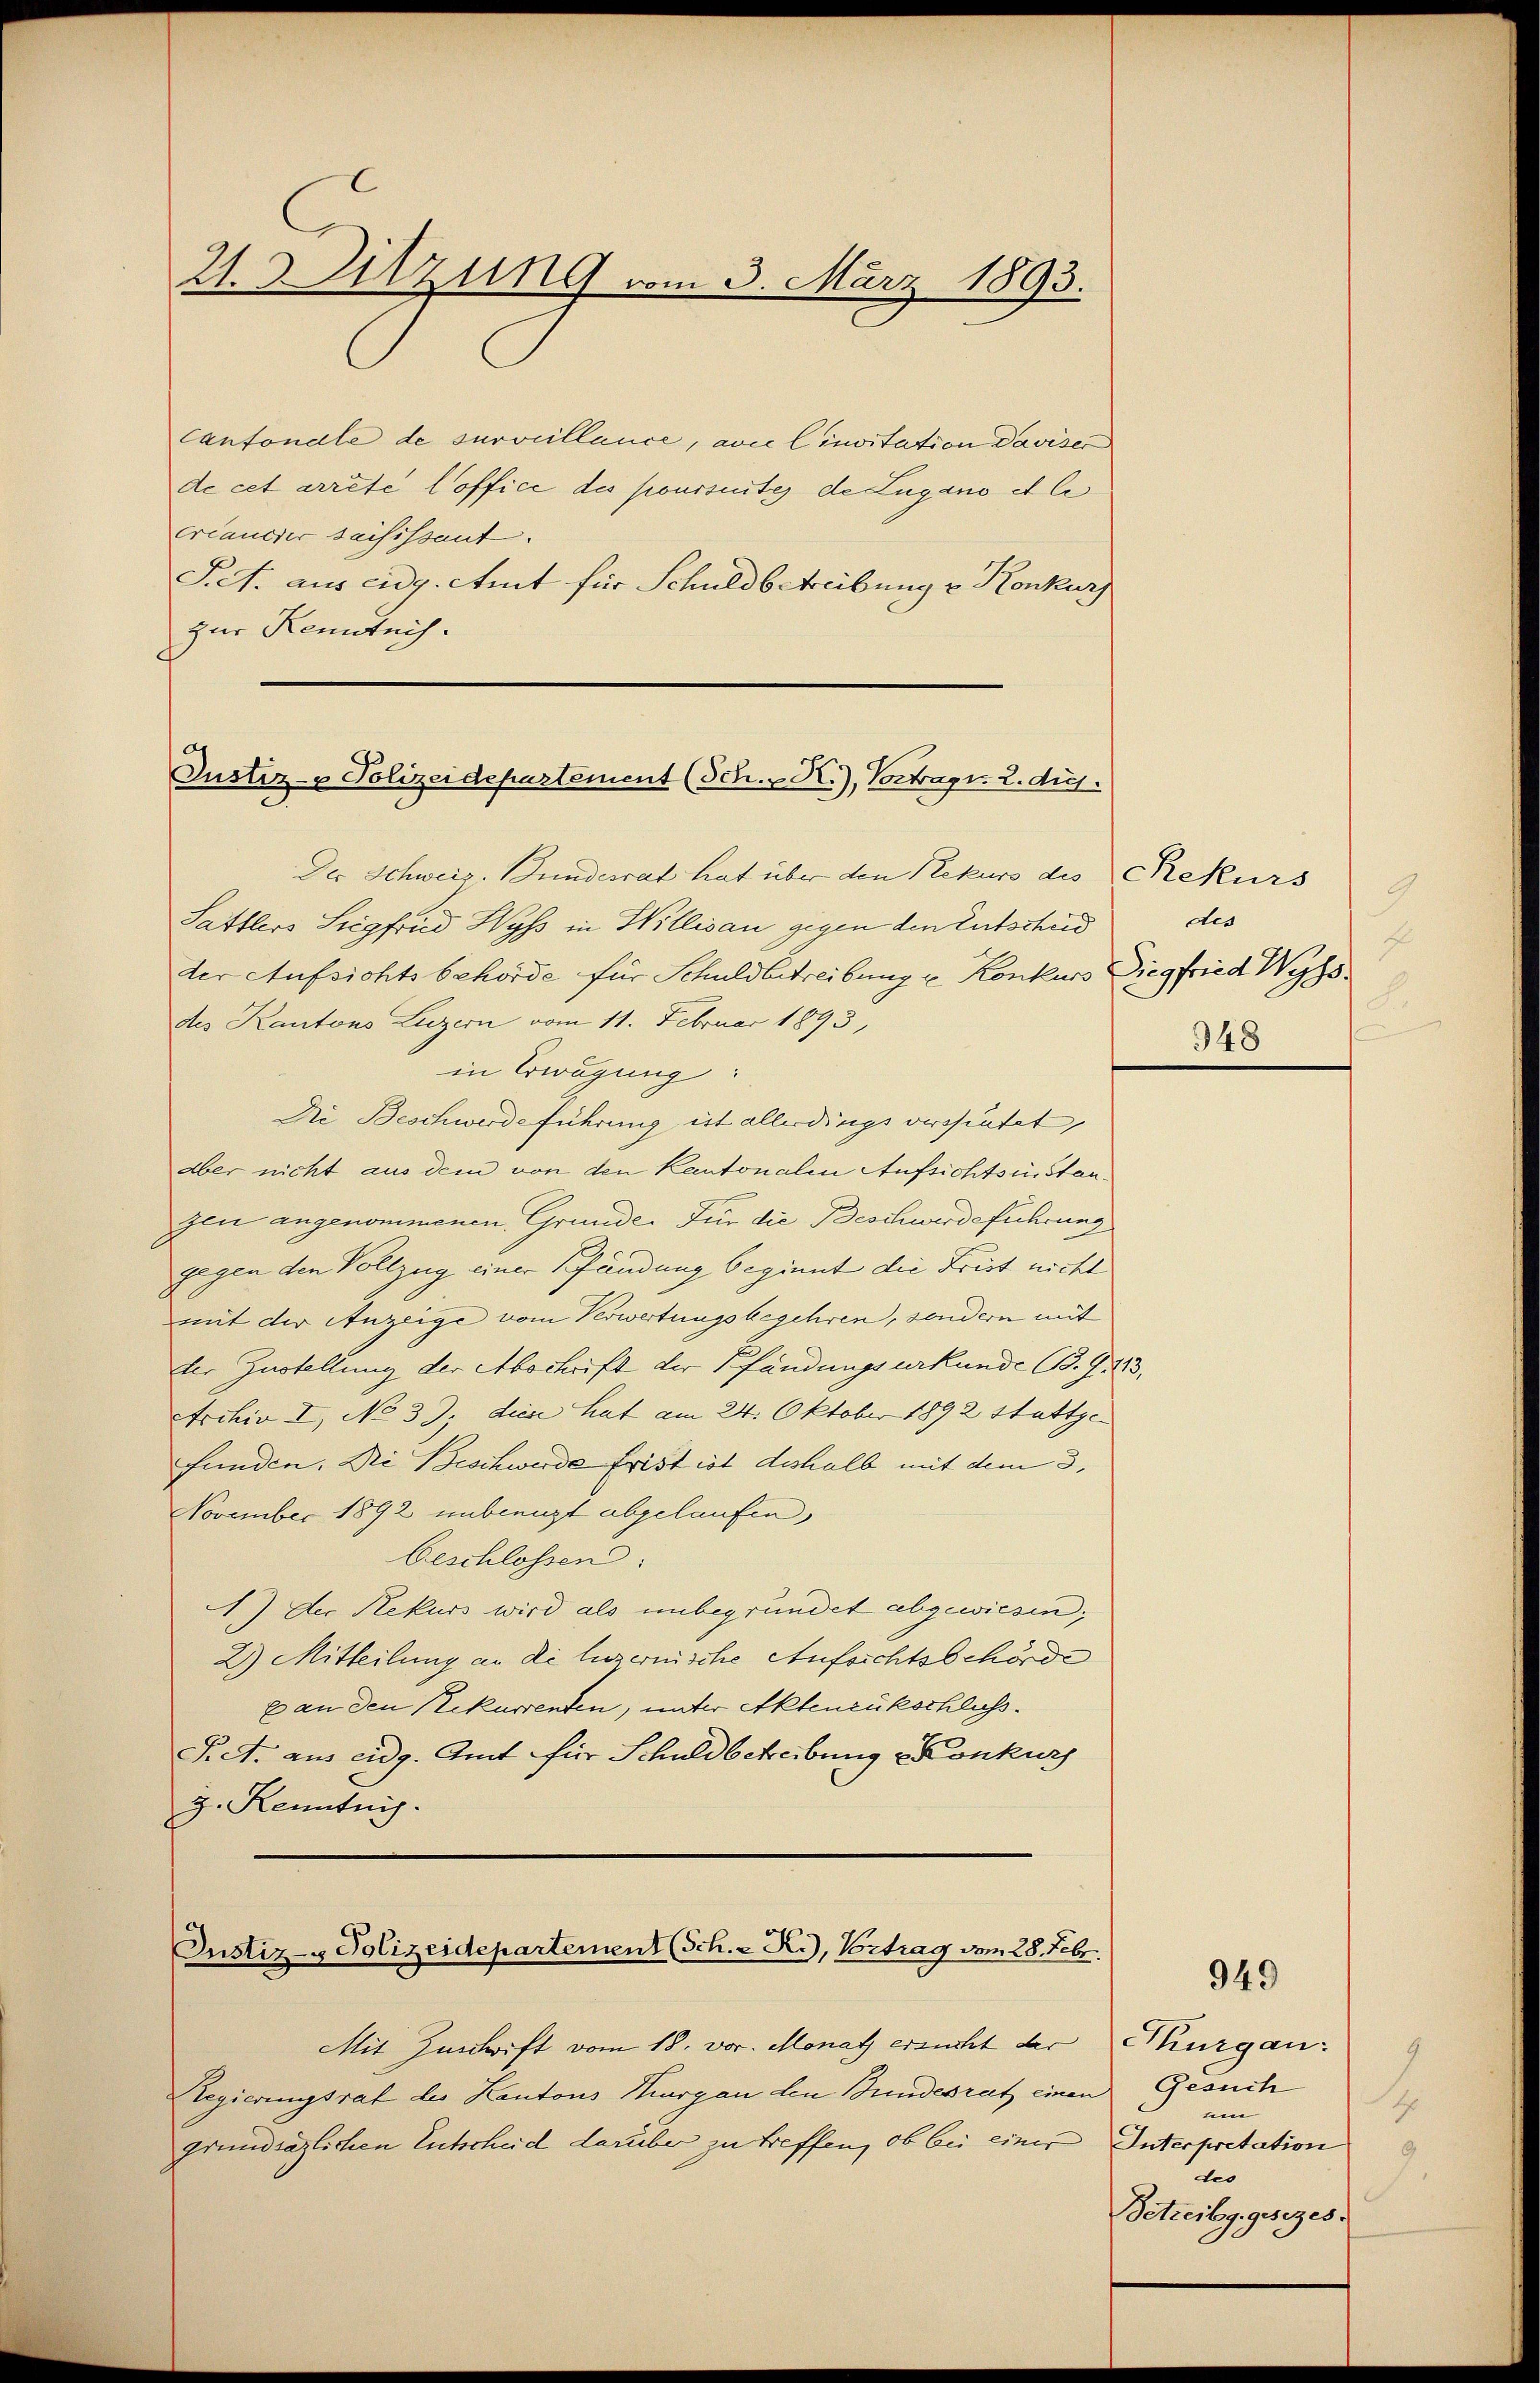
21. 3. Sitzung vom 3. März 1893.

Cantonale de surveillance, avec linvitation Daviser
de cet arrête loffice des poursuites de Lugano et li
créancier saisissant.
S.A. aus eidg. Amt für Schuldbetreibung v. Konkurs
zur Kenntnis.

Justiz- & Polizeidepartement (Sch.   H.), Vortrags. 2. die

Der Schweiz. Bundesrat hat über den Rekurs des Rekurs
Sattlers Siegfrid Wyss in Willisau gegen den Entscheid
der Aufsichtsbehörde für Schuldbetreibung u. Konkurs Siegfried Wyss.
des Kantons Luzern vom 11. Februar 1893,
in Erwägung:
Die Beschwerdeführung ist allerdings versheutet,
aber nicht aus dem von den Kantonalen Aufsichts in Stanzen angenommenen Gründe. Für die Beschwerdeführung
gegen den Vollzug einer Pfändung beginnt die Frist nicht
mit der Anzeige vom Verwertungsbegehren, sondern mit
1
ter Zustellung der Abschrift der Pfändungsurkunde B. J. 113,
Archiv I, No 33. diese hat am 24. Oktober 1892 stattgefunden. Die Beschwerde frist ist deshalb mit dem 3,
November 1892 unbenutzt abgelaufen,
beschlossen.
A.) Der Rekurs wird als unbegründet abgewiesen;
2) Mitteilung an de luzernische Aufsichtsbehörde
x an den Rekurrenten, unter Aktenrückschluss.
Pret. aus eidg. Amt für Schuldbetreibung Konkurs
g. Kenntnis.

Justiz- & Polizeidepartement (Sch. - R.), Vortrag vom 28. Febr.

Mit Zuschrift vom 18. vor. Monat ersucht der
Regierungsrat des Kantons Margau den Bundesrat einen
grundsätzlichen Entscheid darüber zu treffen, ob bei einer

des
E
348

949

Thurgau:
Gesuch
1
umn
Interpretation
tes
Betreibg. gesezes.